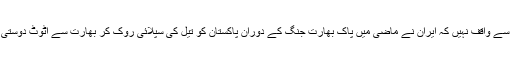
نئی نسل ان حقائق سے واقف نہیں کہ ایران نے ماضی میں پاک بھارت جنگ کے دوران پاکستان کو تیل کی سپلائی روک کر بھارت سے اٹوٹ دوستی کا حق ادا کیا تھا۔